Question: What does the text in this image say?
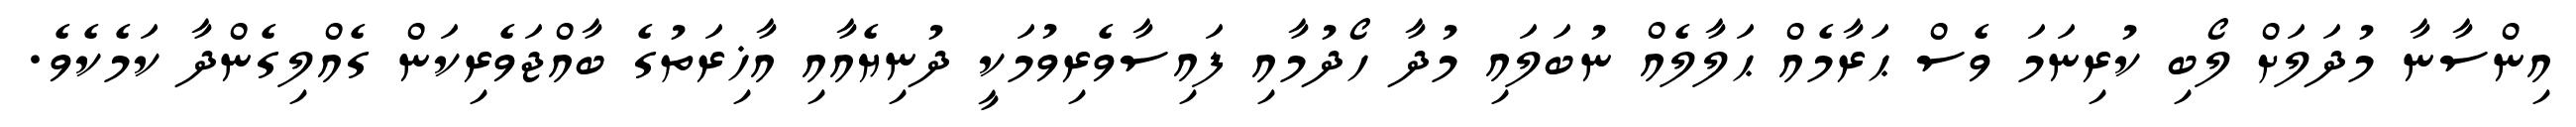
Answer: އިންސާނާ މުދަލަށް ލޯބި ކުރިނަމަ ވެސް ޙަރާމެއް ޙަލާލެއް ނުބަލައި މުދާ ހޯދުމާއި ފައިސާވެރިވުމަކީ ދުނިޔެއާއި އާޚިރަތުގެ ބާއްޖަވެރިކަން ގެއްލިގެންދާ ކަމެކެވެ.